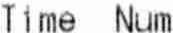
TIME NUM